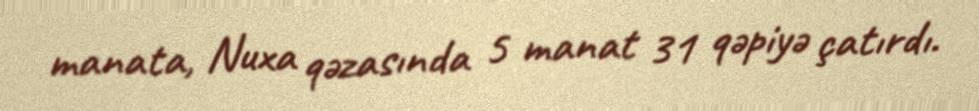
manata, Nuxa qəzasında 5 manat 31 qəpiyə çatırdı.